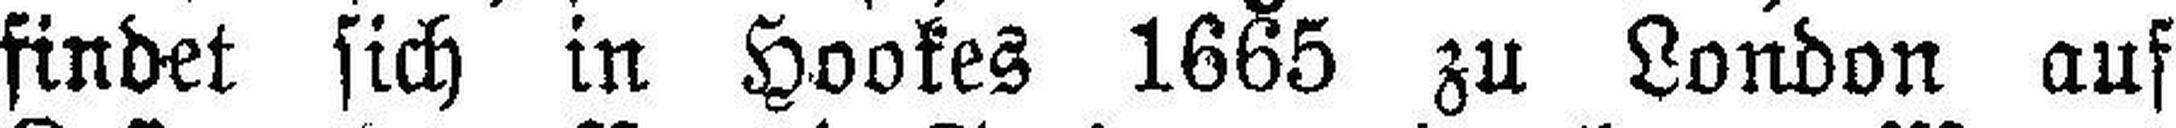
findet sich in Hookes 1665 zu London auf